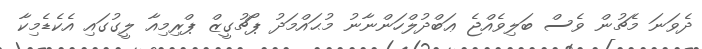
ދެވަނަ މެޗުން ވެސް ބަލިވެއްޖެ ޢަބްދުލްހަންނާނު މުޙައްމަދު ޕޯޗުގީޒް ޕްރިމިއާ ލީގުގައި އެކެޑެމިކާ